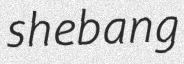
shebang